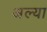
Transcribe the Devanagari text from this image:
अल्या